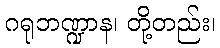
ဂရုဘဏ္ဍာန၊ တို့တည်း၊